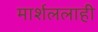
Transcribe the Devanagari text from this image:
मार्शललाही